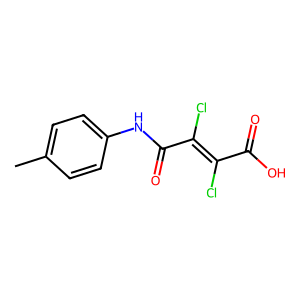
SMILES: Cc1ccc(NC(=O)C(Cl)=C(Cl)C(=O)O)cc1
Inhibits HIV replication: No